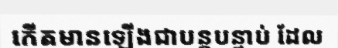
កើតមានឡើងជាបន្តបន្ទាប់ ដែល